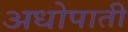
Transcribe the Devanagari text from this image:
अधोपाती